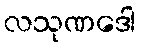
လသုဏဒေါ